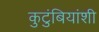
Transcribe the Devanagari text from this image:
कुटुंबियांशी